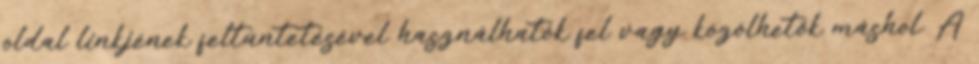
oldal linkjének feltüntetésével használhatók fel vagy közölhetők máshol. A